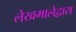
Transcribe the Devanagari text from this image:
लेखमालेद्वारा